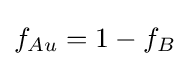
f_{Au}=1-f_{B}